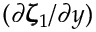
( \partial \pmb { \zeta } _ { 1 } / \partial y )